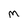
Character: M